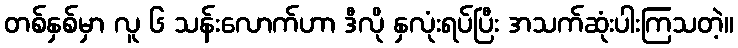
တစ်နှစ်မှာ လူ ၆ သန်းလောက်ဟာ ဒီလို နှလုံးရပ်ပြီး အသက်ဆုံးပါးကြသတဲ့။